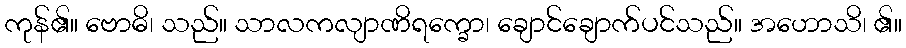
ကုန်၏။ ဗောဓိ၊ သည်။ သာလကလျာဏိရက္ခော၊ ချောင်ချောက်ပင်သည်။ အဟောသိ၊ ၏။